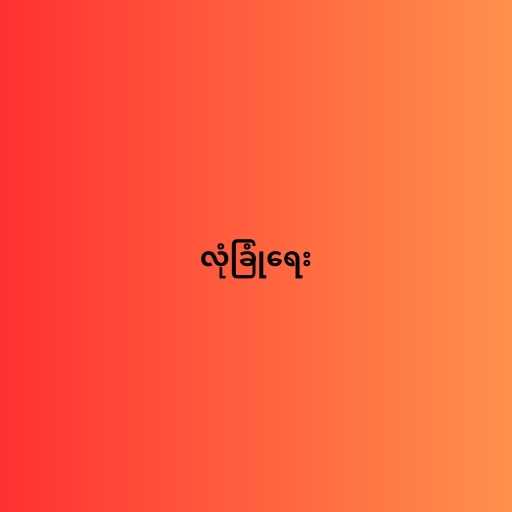
လုံခြုံရေး